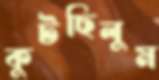
কুটছিলুম